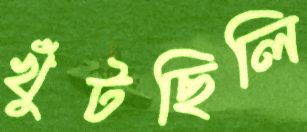
খুঁটছিলি